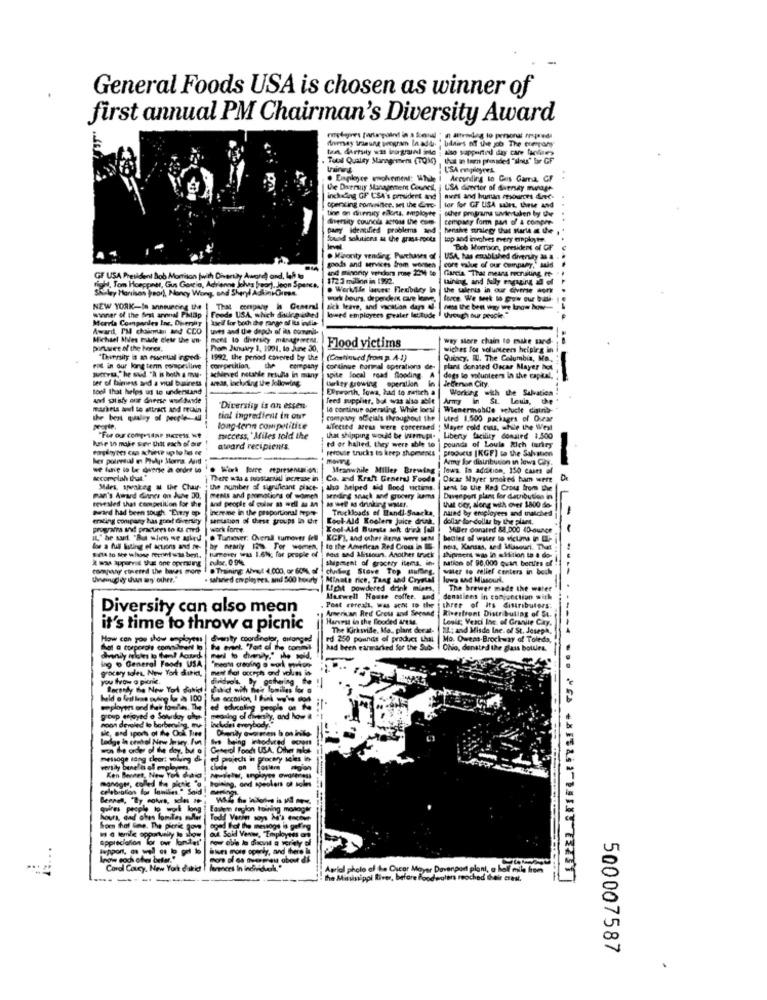
General Foods USA is chosen as winner of
first annual PM Chairman's Diversity Award
fray iranung program In add " blairs of the job The company
. Total Quality Stansgreen (TOM) ,that an tem provided "seus" Sor GF
USA ripleyres
. Employee molvement: While
According to Guis Gama, CF
the Duersiy Management Counes,
USA diretor of daenay manage
operating comuninice. set the Corc.
inching OF CSA's prudent and
mwst and human resources diec.
tine on diemity ellorta, amployte
other programs virtualen boy the
tor for GT USA sujet, these and
...
Sersiy councils across the com-
cempany form part o' & compre.
pary identified problems and
hensive moralegy that Starte at the
Sonod solutions as the grass-roots
top and involves every employee.
Bce Morrison, preskens of OF
. Miponty vending Purchases of
USA, has entablahed diversay & a.
goods and services from worsen
und minority version move 251 te
Garcia "That means recruiting et-
core value of our company," said
GF USA President Bob Morrison (with Diventaly Aware) and, laf to
1723 mdinn in 1992.
taining, and fully engaging zd of
Shuley Hanisan Peor), Noncy Wong, and Sheryl Adlink-Oree.
right, Tom Hoeppner, Gus Garcia, Adrianne Jalva bear), Jeon Sparcs.
. Werksle buste: Flexibilcy lo
the talents in our diverse con
work hours, dependeis cve leme,
...
NEW YORK-le announcing the | That company in General | sick leave, and vacation day
Morria Companies Inc. Diversity
winner of the first aronal PMap
Well for both the range of lu india-
Foods USA, which Sukra ished
lowed employees greater latitude ! though our people
Award, I'M choimuis Me CCO
Laves and the dieoch of ils comenll-
Michael Miles trade elete the un
way More chain to make sand-
piruet of the honor,
From January 1, 1991. la June 30,
Flood victims
wiches for volunteers helping in
1992, the period covered by the
(Continued from p. 4-1)
Quincy, WU. The Columbia, Mo ..
Fit in our long term compriline
competition, the company
continue formal operations de-
plant donated Oscar Mayer hot
sucre," he sud "À is both a mu-
ser of times and a nul bairess
areas, including the following
aNeved netahle results in many
spite local road flooding
uwker growing operation
in
degs lo volunteers in the capital.
Jefferson City.
--
tool that helps us to undentand
Elsworth, Iowa, had to rettich a
Working with the Salvation
feed supplitt, bal was also able
Anny in St. Louis, the
markets audi to attract and recin
Diversiig is an essen
le continue operating Whole loesl
Wienermobile velucht distrib-
the best qualey of people-All
tial ingredient in our
company ofleials throughout the | uted 1.500 packages of Ourar
prorte
long-term competitite
afected areas were concerned ; Mayer cold cuts, while the West
husie in make ser thit each of our
"For our conesdar sucreis we
tuiccess, 'Miles told the
that shipping would be wurmpl-
ed or halled. they were able to
pounds of Louis Rich turkey
Liberty facility donated 1,500
award recipients.
perovie trucks to keep shoments
----
products [KGF) to the Salvation
her potersul on PhAp Moms. And
Army for distribution in lowa Caly.
Meanwhile Miller Brewing
lowa. In addition, 150 cast of
Accomplah that."
There was a RostarNial ocrease in
Co. aid Kraft General Foods
Oscar Mayer smoked ham were
Mirs, speakag & the Chair-
the number of significant place- | sho helped aid Blood victims.
BEM lo the Red Crous from the
revealed that competition for the
man's Award dinner on Ante 30.
ments and promotions of women
sending snack and grocery kuams
Davenport plans for dlatribution in
What diey along miA over 1800 do-
Pwird had been tough. "Einry op
Pereme in the proportional hope
Truckloads of Bandi-Snacka,
hared by ercployees and matched
trading company has goof density
seruation of these groups lo thit
Kool-Ald Koelers Juice drink.
dollar for dollar by the plant.
programas and practices to &a emrd
work forne
Kool Ald Bursts Joh drik Fall
Miller donated 88,000 40-ounce
IL," he suit "But when we asked
.. Tumover: Overall turnover fell
KGF), and other Bens wore MM
becies of water to victima in EL-
low a full listing of actions and re-
sell to see whose fern was best.
sumerer was 1.6W; for people of
-----
to the American Red Crou in IE-
neis, Kansas, and Missouri. That
2 was apparat the one opening euse. 09%
fest sad Mistoun. Another truck
shipment of gracety items, in
shipraces was in attition to a do-
nation of 90,000 quant berties of
compuwy ctered the bases more
Training Alvast 4.000, or 60%, el
chuniling Stove Top stuffing.
water to relief centers in boch
-----
. salaried corpleg res, and 500 hourly
Minute rice, Tang and Crystal
lowa and Missourk.
Light powdered drink mises.
The brewer made the water
Murwell House coffee. and
Senatiens in conjunction with
Diversity can also mean
American Red Cross and Seeand
Post renal, wa - to the
Riverfront Distributing of 54.
three of its distributors:
Harvest in the Blooded a/M.
Lonic; Veaci Inc. of Granite Cay.
it's time to throw a picnic
The Kirksville, Mo ., plant deral-
ML; and Misde Inc. of St. Joseph,
How can you show employees | divanty coordinator, arranged
rd 250 pounds of product that
Mo. Oweps-Brockway of Toledo,
had been earmarked for the Sub-
Chio, denated the glass bolues.
ing o General Foods USA
grocery soles. New York Gikk,
you throw a plonie.
Beconly the New York dahil . dhatict with me" lomilies for a
beld o feil less oviing ka às 100
group enjoyed e Solvay utpe
hoon devoled lo borbenelig, my
meaning of divenly, and how a
includes everybody."
sie, and sports of the Ook Tee
Dierully awareness b on inito-
Lodge In cenbol New Jersey hun
was he ades of the day, but o
General Foods US.A. Other niet
melsoge tang clor; solving di
ed projects in prixwy seles io
willy bene'n el erplant.
chude on Eosterm
monogus, called the pick a
Ioising, and speakers of soles
celebration for laniles." Said ! mer
Bennet, "By colors, scles 29
Edilen teglon toining monogtr
hours, and ches lomiles muller
Som hat Sono. The pierie pow
aged fot the message is goffing
Appreciation for our lortes
aud Soid Venwe, Toployees on
Bwe mois openly, and there is
know soch ofes befar."
Coral Coucy, New York dokid
vid photo of the Oscar Mayor Doverpod plant, a hof mile from
The Mississippi River, before Foodwaters Proched @du crest.
500007587